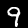
Digit: 9